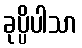
ခုပ္ပိပါသာ